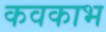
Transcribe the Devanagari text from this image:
कवकाभ